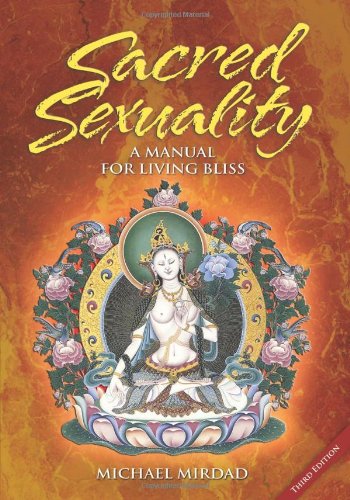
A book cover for Sacred Sexuality: A Manual for Living Bliss; Michael Mirdad; Religion & Spirituality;